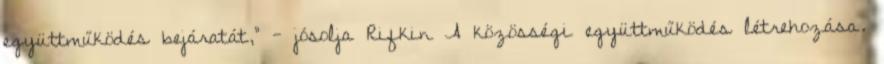
együttműködés bejáratát," - jósolja Rifkin A közösségi együttműködés létrehozása.